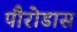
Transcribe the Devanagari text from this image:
पौरोडास